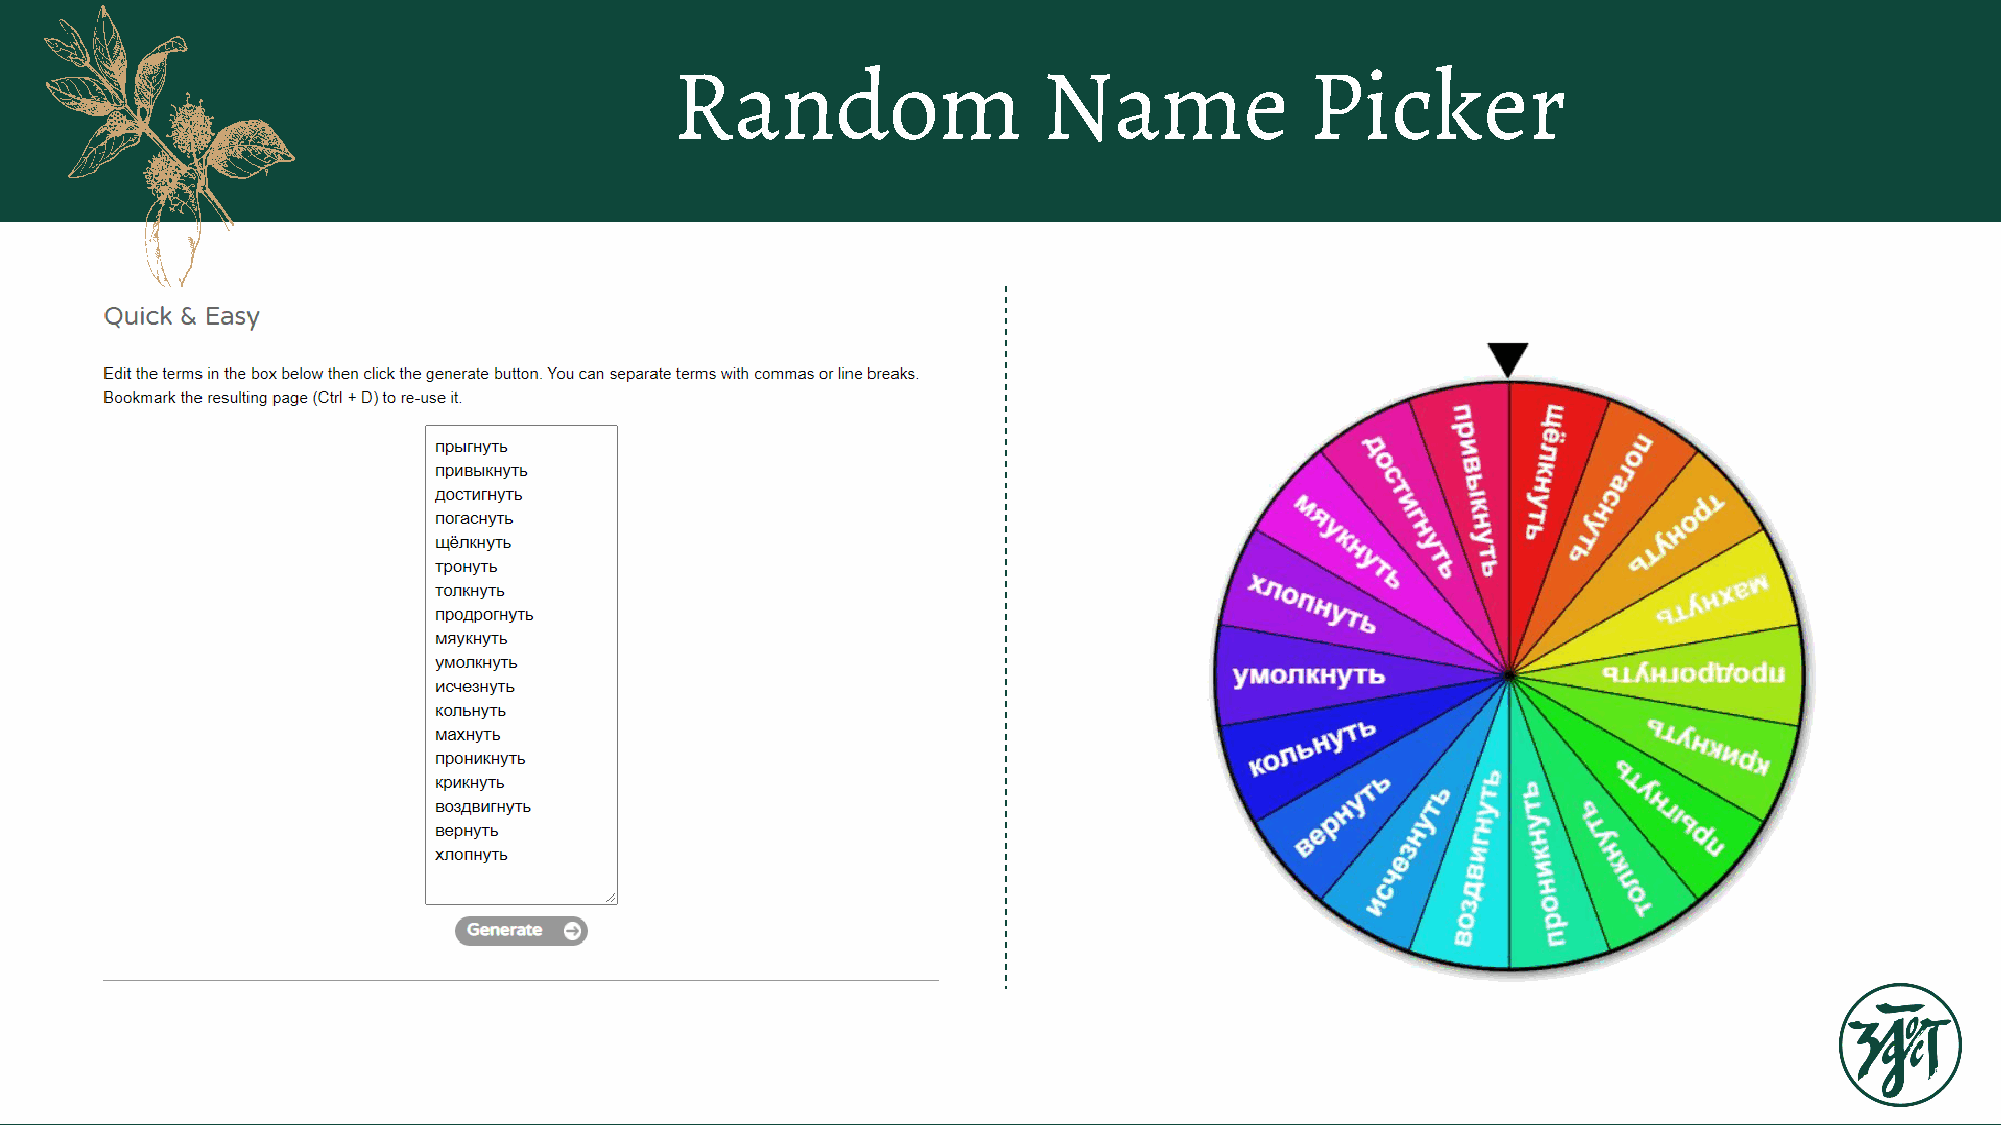
Random                  Name              Picker